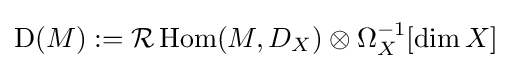
\mathrm {D} (M):={\mathcal {R}}\operatorname {Hom} (M,D_{X})\otimes \Omega _{X}^{-1}[\dim X]